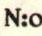
N:o